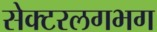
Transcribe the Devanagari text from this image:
सेक्टरलगभग